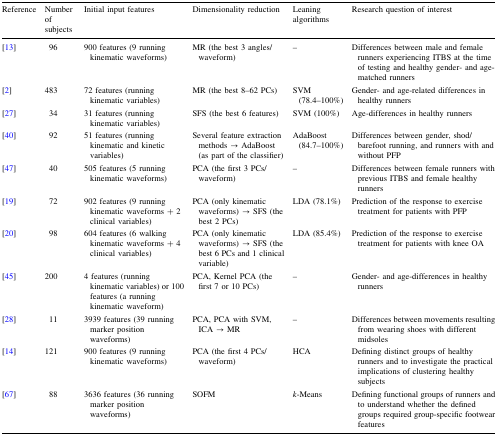
<table><thead><tr><td><b>Reference</b></td><td><b>Number of subjects</b></td><td><b>Initial input features</b></td><td><b>Dimensionality reduction</b></td><td><b>Leaning algorithms</b></td><td><b>Research question of interest</b></td></tr></thead><tbody><tr><td>[13]</td><td>96</td><td>900 features (9 running kinematic waveforms)</td><td>MR (the best 3 angles/waveform)</td><td>–</td><td>Differences between male and female runners experiencing ITBS at the time of testing and healthy gender- and age-matched runners</td></tr><tr><td>[2]</td><td>483</td><td>72 features (running kinematic variables)</td><td>MR (the best 8–62 PCs)</td><td>SVM (78.4–100%)</td><td>Gender- and age-related differences in healthy runners</td></tr><tr><td>[27]</td><td>34</td><td>31 features (running kinematic variables)</td><td>SFS (the best 6 features)</td><td>SVM (100%)</td><td>Age-differences in healthy runners</td></tr><tr><td>[40]</td><td>92</td><td>51 features (running kinematic and kinetic variables)</td><td>Several feature extraction methods → AdaBoost (as part of the classifier)</td><td>AdaBoost (84.7–100%)</td><td>Differences between gender, shod/barefoot running, and runners with and without PFP</td></tr><tr><td>[47]</td><td>40</td><td>505 features (5 running kinematic waveforms)</td><td>PCA (the first 3 PCs/waveform)</td><td>–</td><td>Differences between female runners with previous ITBS and female healthy runners</td></tr><tr><td>[19]</td><td>72</td><td>902 features (9 running kinematic waveforms + 2 clinical variables)</td><td>PCA (only kinematic waveforms) → SFS (the best 2 PCs)</td><td>LDA (78.1%)</td><td>Prediction of the response to exercise treatment for patients with PFP</td></tr><tr><td>[20]</td><td>98</td><td>604 features (6 walking kinematic waveforms + 4 clinical variables)</td><td>PCA (only kinematic waveforms) → SFS (the best 6 PCs and 1 clinical variable)</td><td>LDA (85.4%)</td><td>Prediction of the response to exercise treatment for patients with knee OA</td></tr><tr><td>[45]</td><td>200</td><td>4 features (running kinematic variables) or 100 features (a running kinematic waveform)</td><td>PCA, Kernel PCA (the first 7 or 10 PCs)</td><td>–</td><td>Gender- and age-differences in healthy runners</td></tr><tr><td>[28]</td><td>11</td><td>3939 features (39 running marker position waveforms)</td><td>PCA, PCA with SVM, ICA → MR</td><td>–</td><td>Differences between movements resulting from wearing shoes with different midsoles</td></tr><tr><td>[14]</td><td>121</td><td>900 features (9 running kinematic waveforms)</td><td>PCA (the first 4 PCs/waveform)</td><td>HCA</td><td>Defining distinct groups of healthy runners and to investigate the practical implications of clustering healthy subjects</td></tr><tr><td>[67]</td><td>88</td><td>3636 features (36 running marker position waveforms)</td><td>SOFM</td><td><i>k</i>-Means</td><td>Defining functional groups of runners and to understand whether the defined groups required group-specific footwear features</td></tr></tbody></table>